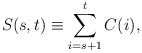
\begin{align*}S(s,t) \equiv \sum\limits_{i=s+1}\limits^{t}{C(i)},\end{align*}